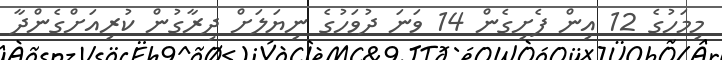
މިމަހުގެ 12 އިން ފެށިގެން 14 ވަނަ ދުވަހުގެ ނިޔަލަށް ދިރާގުން ކުރިއަށްގެންދާ